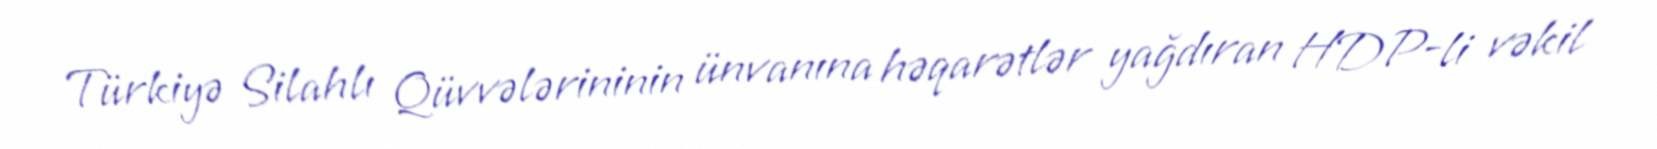
Türkiyə Silahlı Qüvvələrininin ünvanına həqarətlər yağdıran HDP-li vəkil